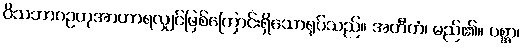
ဝိသဘာဂဥတုအာဟာရလျှင်ဖြစ်ကြောင်းရှိသောရုပ်သည်။ အတီတံ၊ မည်၏။ ပစ္ဆာ၊